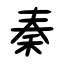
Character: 秦